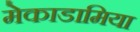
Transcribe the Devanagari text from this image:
मेकाडामिया